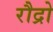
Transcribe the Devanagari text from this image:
रौद्रो